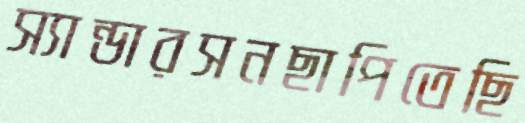
স্যান্ডারসনছাপিতেছি